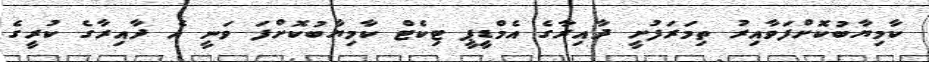
ކާމިޔާބުކޮށްފަވާއިރު ތިމަރަފުށީ ދާއިރާގެ އެމްޑީޕީ ޓިކެޓް ކާމިޔާބުކޮށްފަ ވަނީ އެ ދާއިރާގެ ކުރީގެ